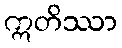
ဣတိဿာ